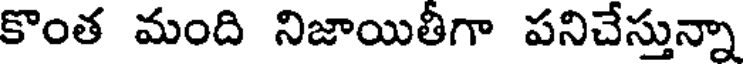
కొంత మంది నిజాయితీగా పనిచేస్తున్నా